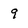
Character: 9